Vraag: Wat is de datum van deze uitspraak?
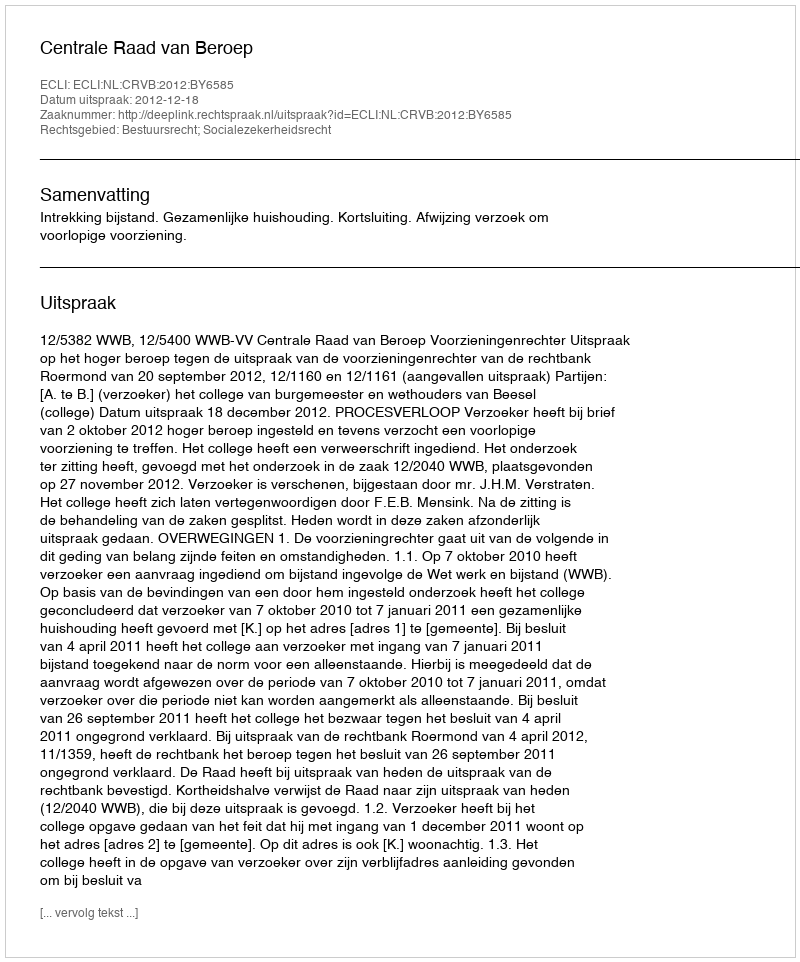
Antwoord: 2012-12-18